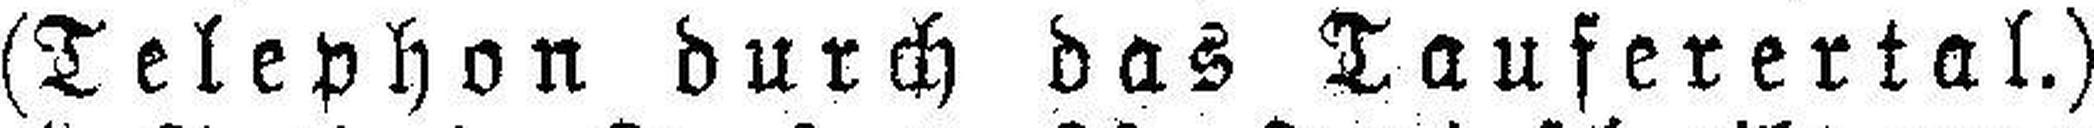
(Telephon durch das Tauferertal.)